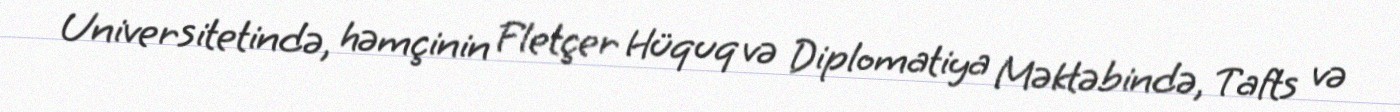
Universitetində, həmçinin Fletçer Hüquq və Diplomatiya Məktəbində, Tafts və